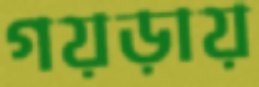
গয়ড়ায়